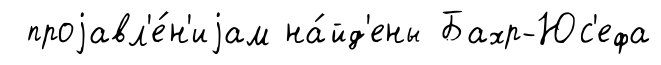
проjавл'е́н'иjам на́йд'ены Бахр-Юс'ефа